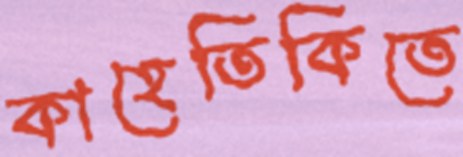
কাহেতিকিতে